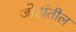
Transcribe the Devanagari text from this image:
जोडांतील